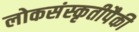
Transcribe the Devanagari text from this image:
लोकसंस्कृतीपैकी